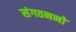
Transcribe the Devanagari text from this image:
संगठननों